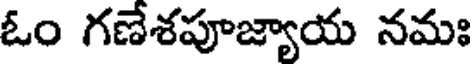
ఓం గణేశపూజ్యాయ నమః